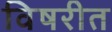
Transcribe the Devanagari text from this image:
विषरीत